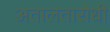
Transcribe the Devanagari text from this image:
अतालतारोधी